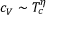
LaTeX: c _ { V } \sim T _ { c } ^ { \eta }